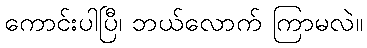
ကောင်းပါပြီ၊ ဘယ်လောက် ကြာမလဲ။